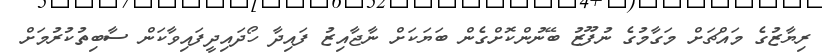
ރިޔާޒުގެ މައްޗަށް މަގާމުގެ ނުފޫޒު ބޭނުންކޮށްގެން ބަޔަކަށް ނާޖާއިޒު ފައިދާ ހޯދައިދީފައިވާކަން ސާބިތުކުރުމަށް